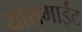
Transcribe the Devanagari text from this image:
योसमाईट